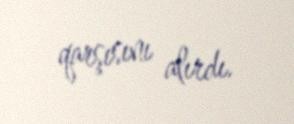
qarşısını alırdı.